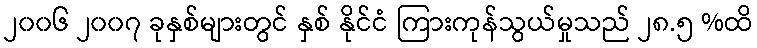
၂၀၀၆ ၂၀၀၇ ခုနှစ်များတွင် နှစ် နိုင်ငံ ကြားကုန်သွယ်မှုသည် ၂၈.၅ %ထိ